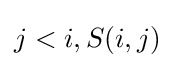
j<i,S(i,j)